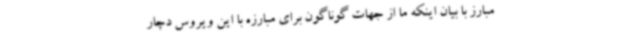
مبارز با بیان اینکه ما از جهات گوناگون برای مبارزه با این ویروس دچار